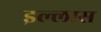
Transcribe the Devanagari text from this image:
इल्लास